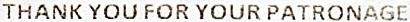
THANK YOU FOR YOUR PATRONAGE